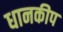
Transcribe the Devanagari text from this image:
धानकीप